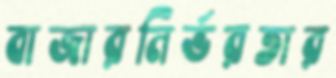
বাজারনির্ভরতার